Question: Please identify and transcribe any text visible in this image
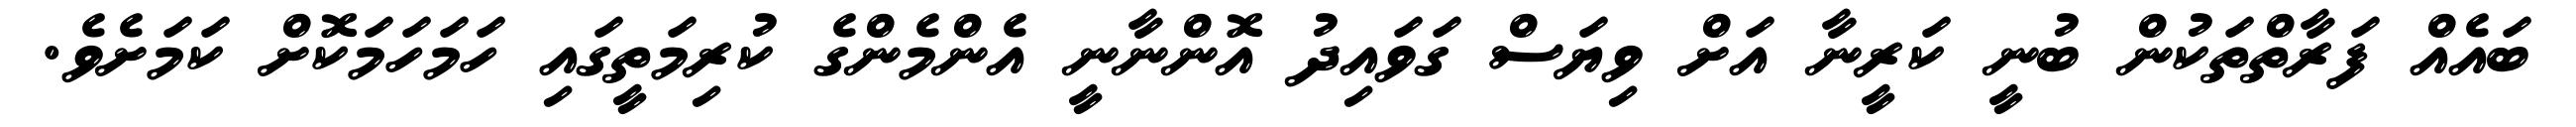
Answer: ބައެއް ފަރާތްތަކުން ބުނީ ކަރީނާ އަށް ވިޔަސް ގަވައިދު އޮންނާނީ އެންމެންގެ ކުރިމަތީގައި ހަމަހަމަކޮށް ކަމަށެވެ.